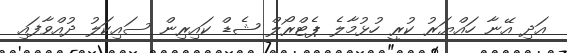
އަދި އޭނާ ހައްޔަރު ކުރީ ހުޅުމާލެ ޕެޓްރޯލް ޝެޑް ކައިރިން ސައިކަލު ދުއްވާފައި